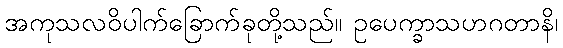
အကုသလဝိပါက်ခြောက်ခုတို့သည်။ ဥပေက္ခာသဟဂတာနိ၊